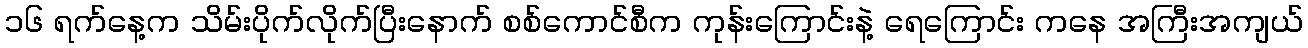
၁၆ ရက်နေ့က သိမ်းပိုက်လိုက်ပြီးနောက် စစ်ကောင်စီက ကုန်းကြောင်းနဲ့ ရေကြောင်း ကနေ အကြီးအကျယ်